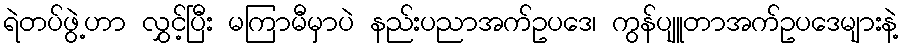
ရဲတပ်ဖွဲ့ဟာ လွှင့်ပြီး မကြာမီမှာပဲ နည်းပညာအက်ဥပဒေ၊ ကွန်ပျူတာအက်ဥပဒေများနဲ့